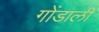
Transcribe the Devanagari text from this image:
गोंडाली